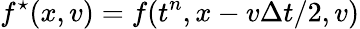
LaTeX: f^{\star}(x,v)=f(t^{n},x-v\Delta t/2,v)